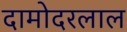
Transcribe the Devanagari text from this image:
दामोदरलाल